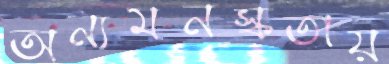
অন্যমনস্কতায়